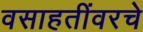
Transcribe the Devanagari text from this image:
वसाहतींवरचे